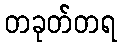
တခုတ်တရ